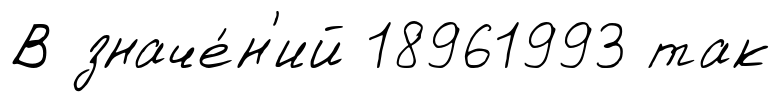
В значе́н'ий 18961993 так